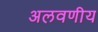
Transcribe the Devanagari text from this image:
अलवणीय